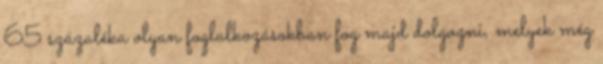
65 százaléka olyan foglalkozásokban fog majd dolgozni, melyek még